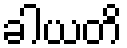
ခါယတိ